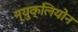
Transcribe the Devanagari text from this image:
न्युक्लियोन